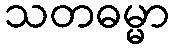
သတဓမ္မာ